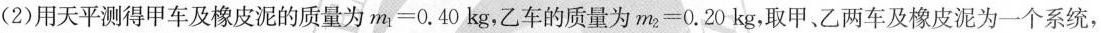
(2)用天平测得甲车及橡皮泥的质量为$$m _ { 1 } = 0 . 4 0 k g$$，乙车的质量为$$m _ { 2 } = 0 . 2 0 k g$$，取甲、乙两车及橡皮泥为一个系统，